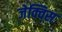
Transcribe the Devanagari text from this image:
जेक्विस